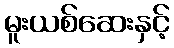
မူးယစ်ဆေးနှင့်